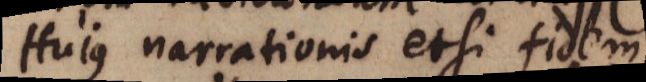
Hujus narrationes etsi fidem